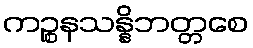
ကဉ္စနသန္နိဘတ္တစေ